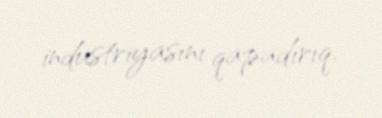
industriyasını qapadırıq.